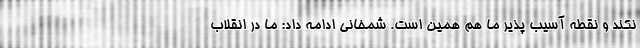
نکند و نقطه آسیب پذیر ما هم همین است. شمخانی ادامه داد: ما در انقلاب